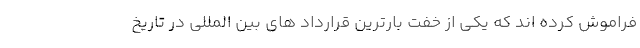
فراموش کرده اند که یکی از خفت بارترین قرارداد های بین المللی در تاریخ